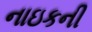
નાઇકની